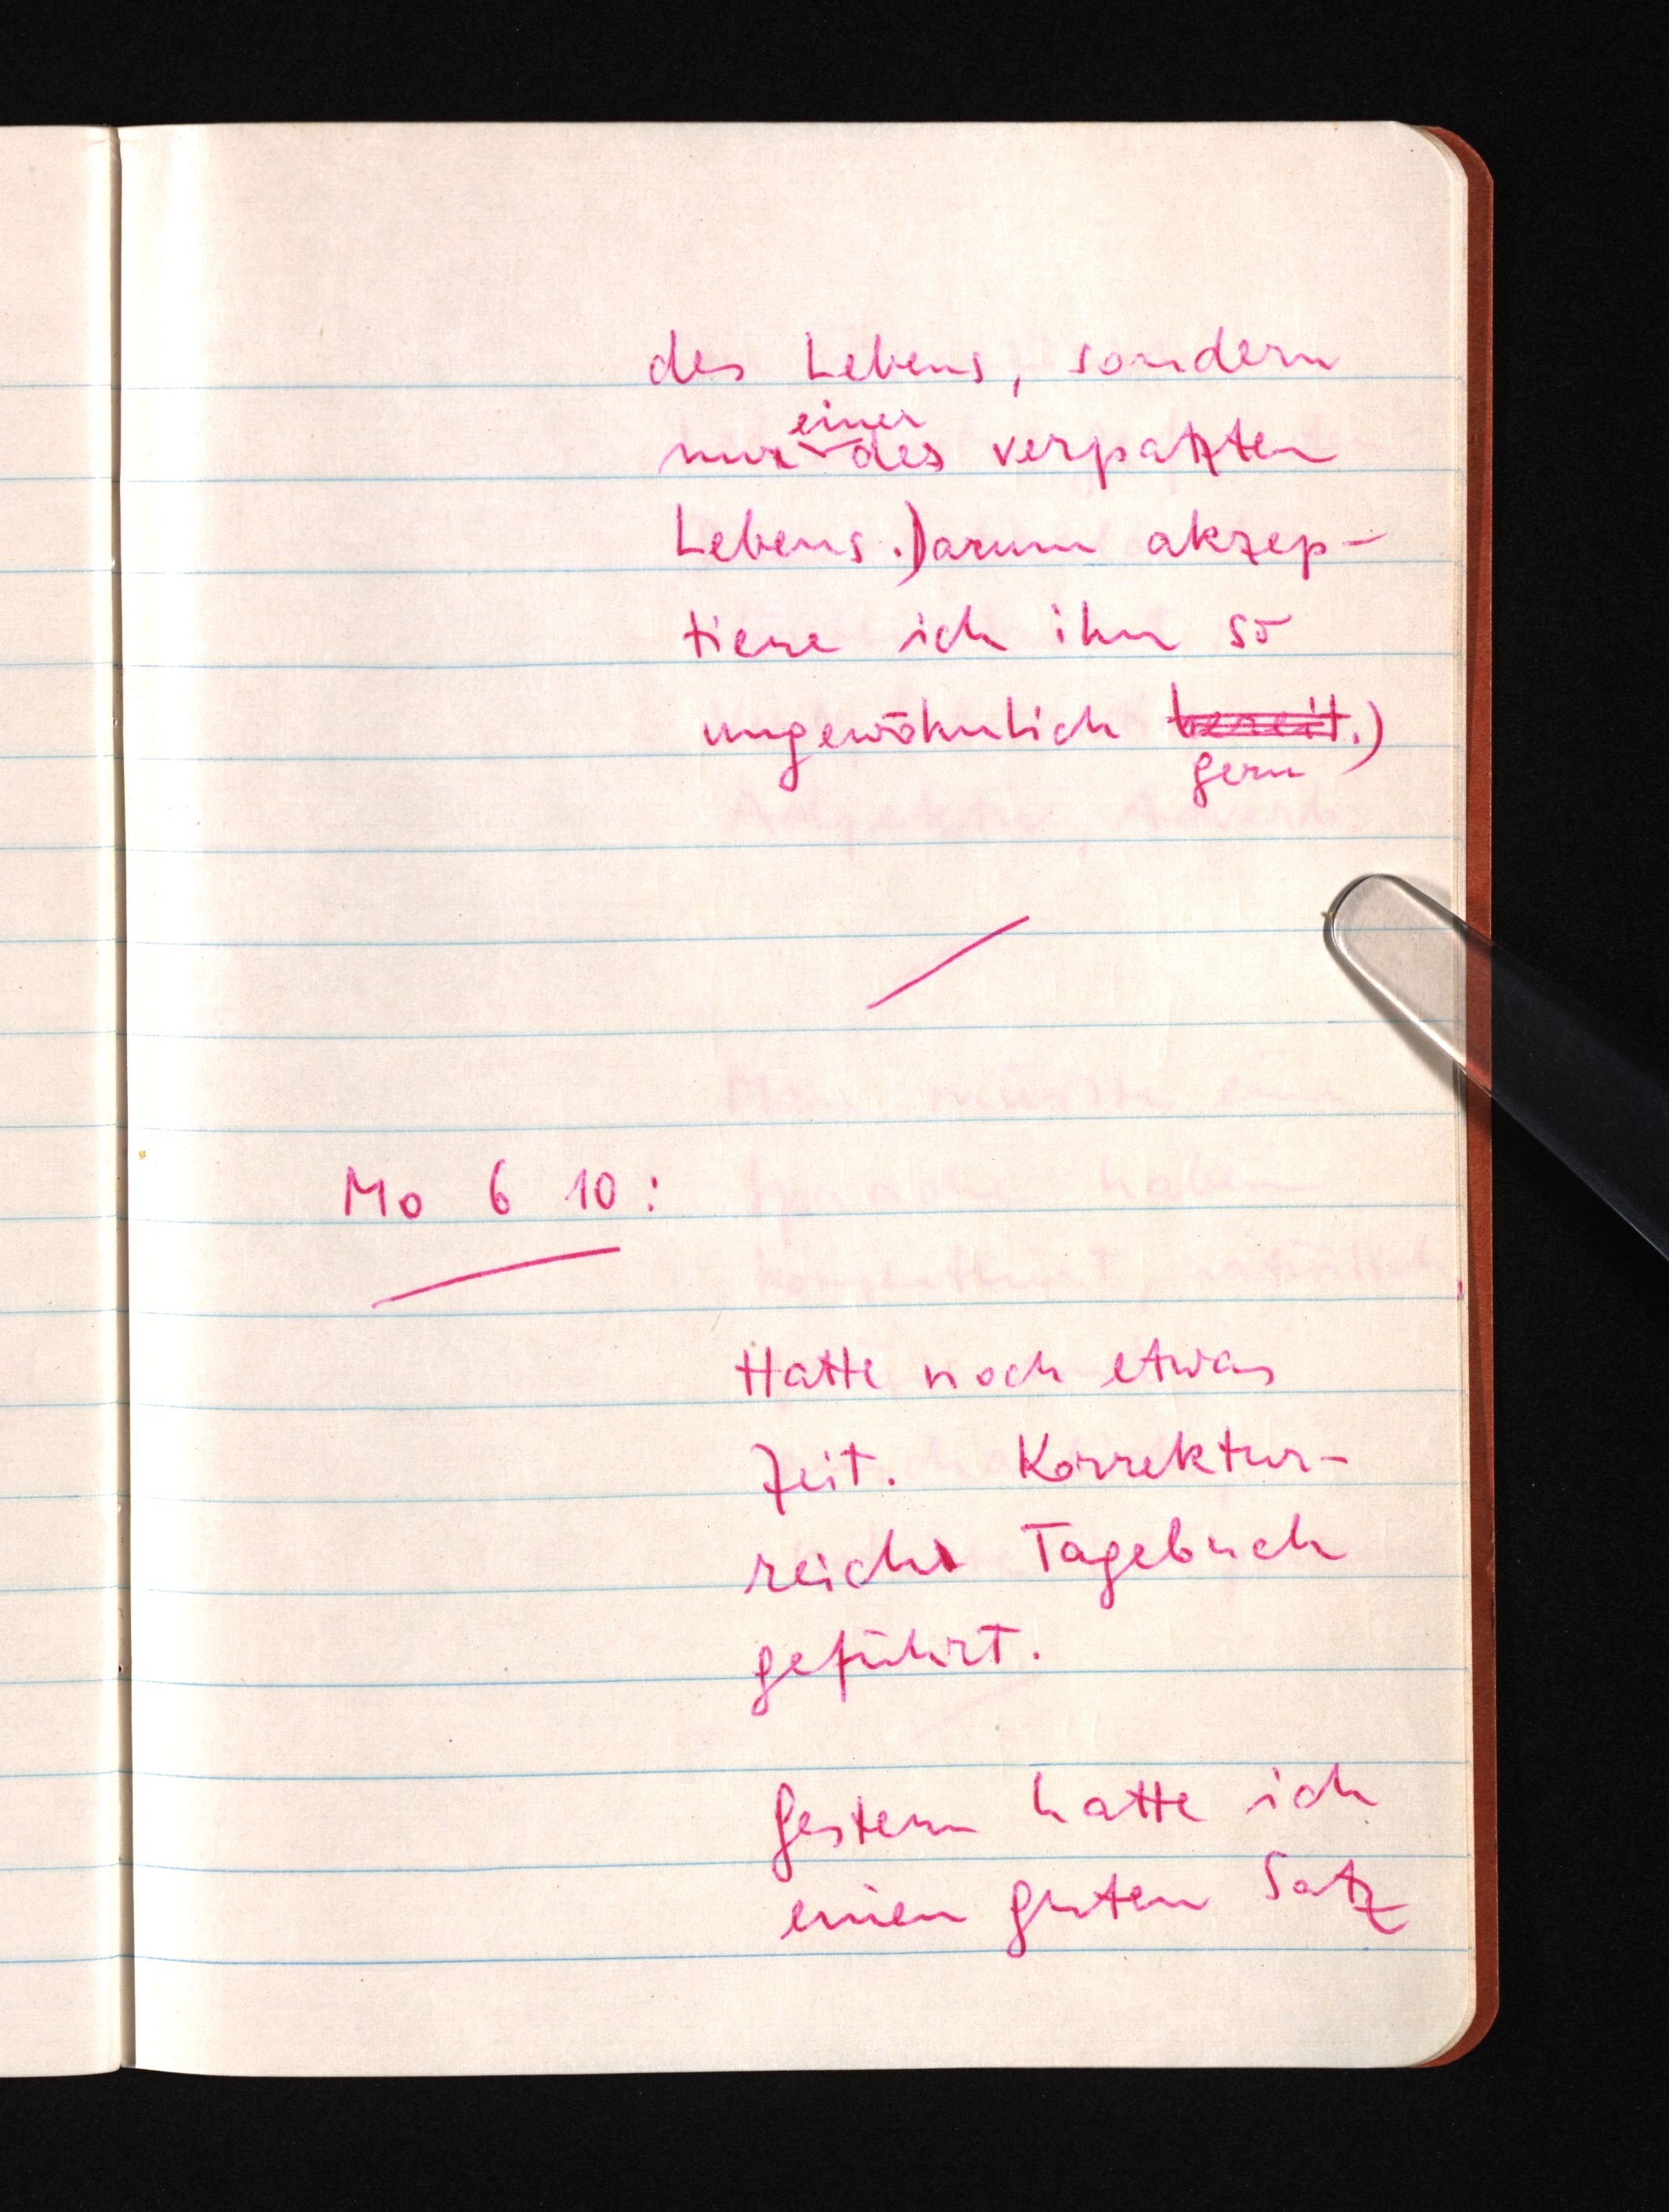
des Lebens, sondern
einer
nur des verpatzten
Lebens. Darum akzep¬
tiere ich ihn so
ungewöhnlich bereit
gern.)
Mo 6 10:
Hatte noch etwas
Zeit. Korrektur¬
reich Tagebuch
geführt.
Gestern hatte ich
einen guten Satz